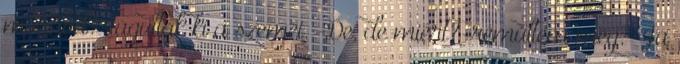
mondod?-tágultak ki a szemei. -De, de miért?-rémültem meg. -Ja